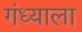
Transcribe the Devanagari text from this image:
गंध्याला